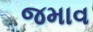
જમાવ